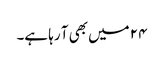
۲۴ میں بھی آ رہا ہے۔